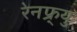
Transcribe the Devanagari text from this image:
रेनफ्र्यु